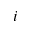
i